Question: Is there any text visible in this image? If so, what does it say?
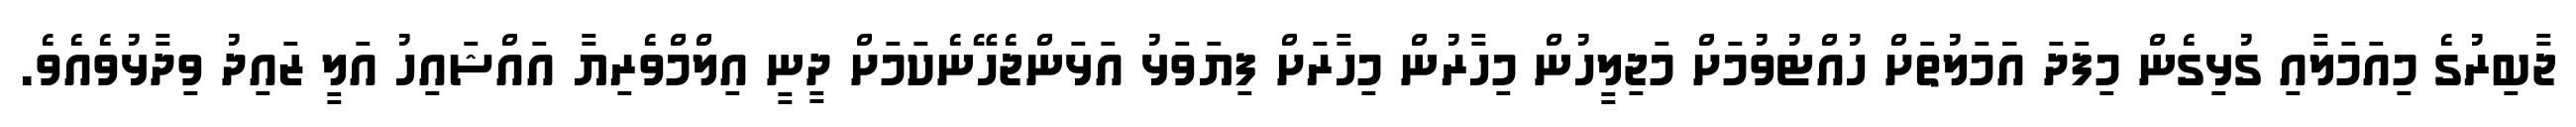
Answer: ޖާބިރުގެ މިއަމަލާއި ގުޅިގެން މިފަދަ އަަމަލުތަށް ހުއްޓުވުމަށް މަޖިލީހުން މިހާރުން މިހާރަށް ފިޔަވަޅު އަޅަންޖެހޭނެކަމަށް ދީނީ އިލްމްވެރިޔާ އައްޝައިހު އަލީ ޒައިދު ވިދާޅުވެއެވެ.